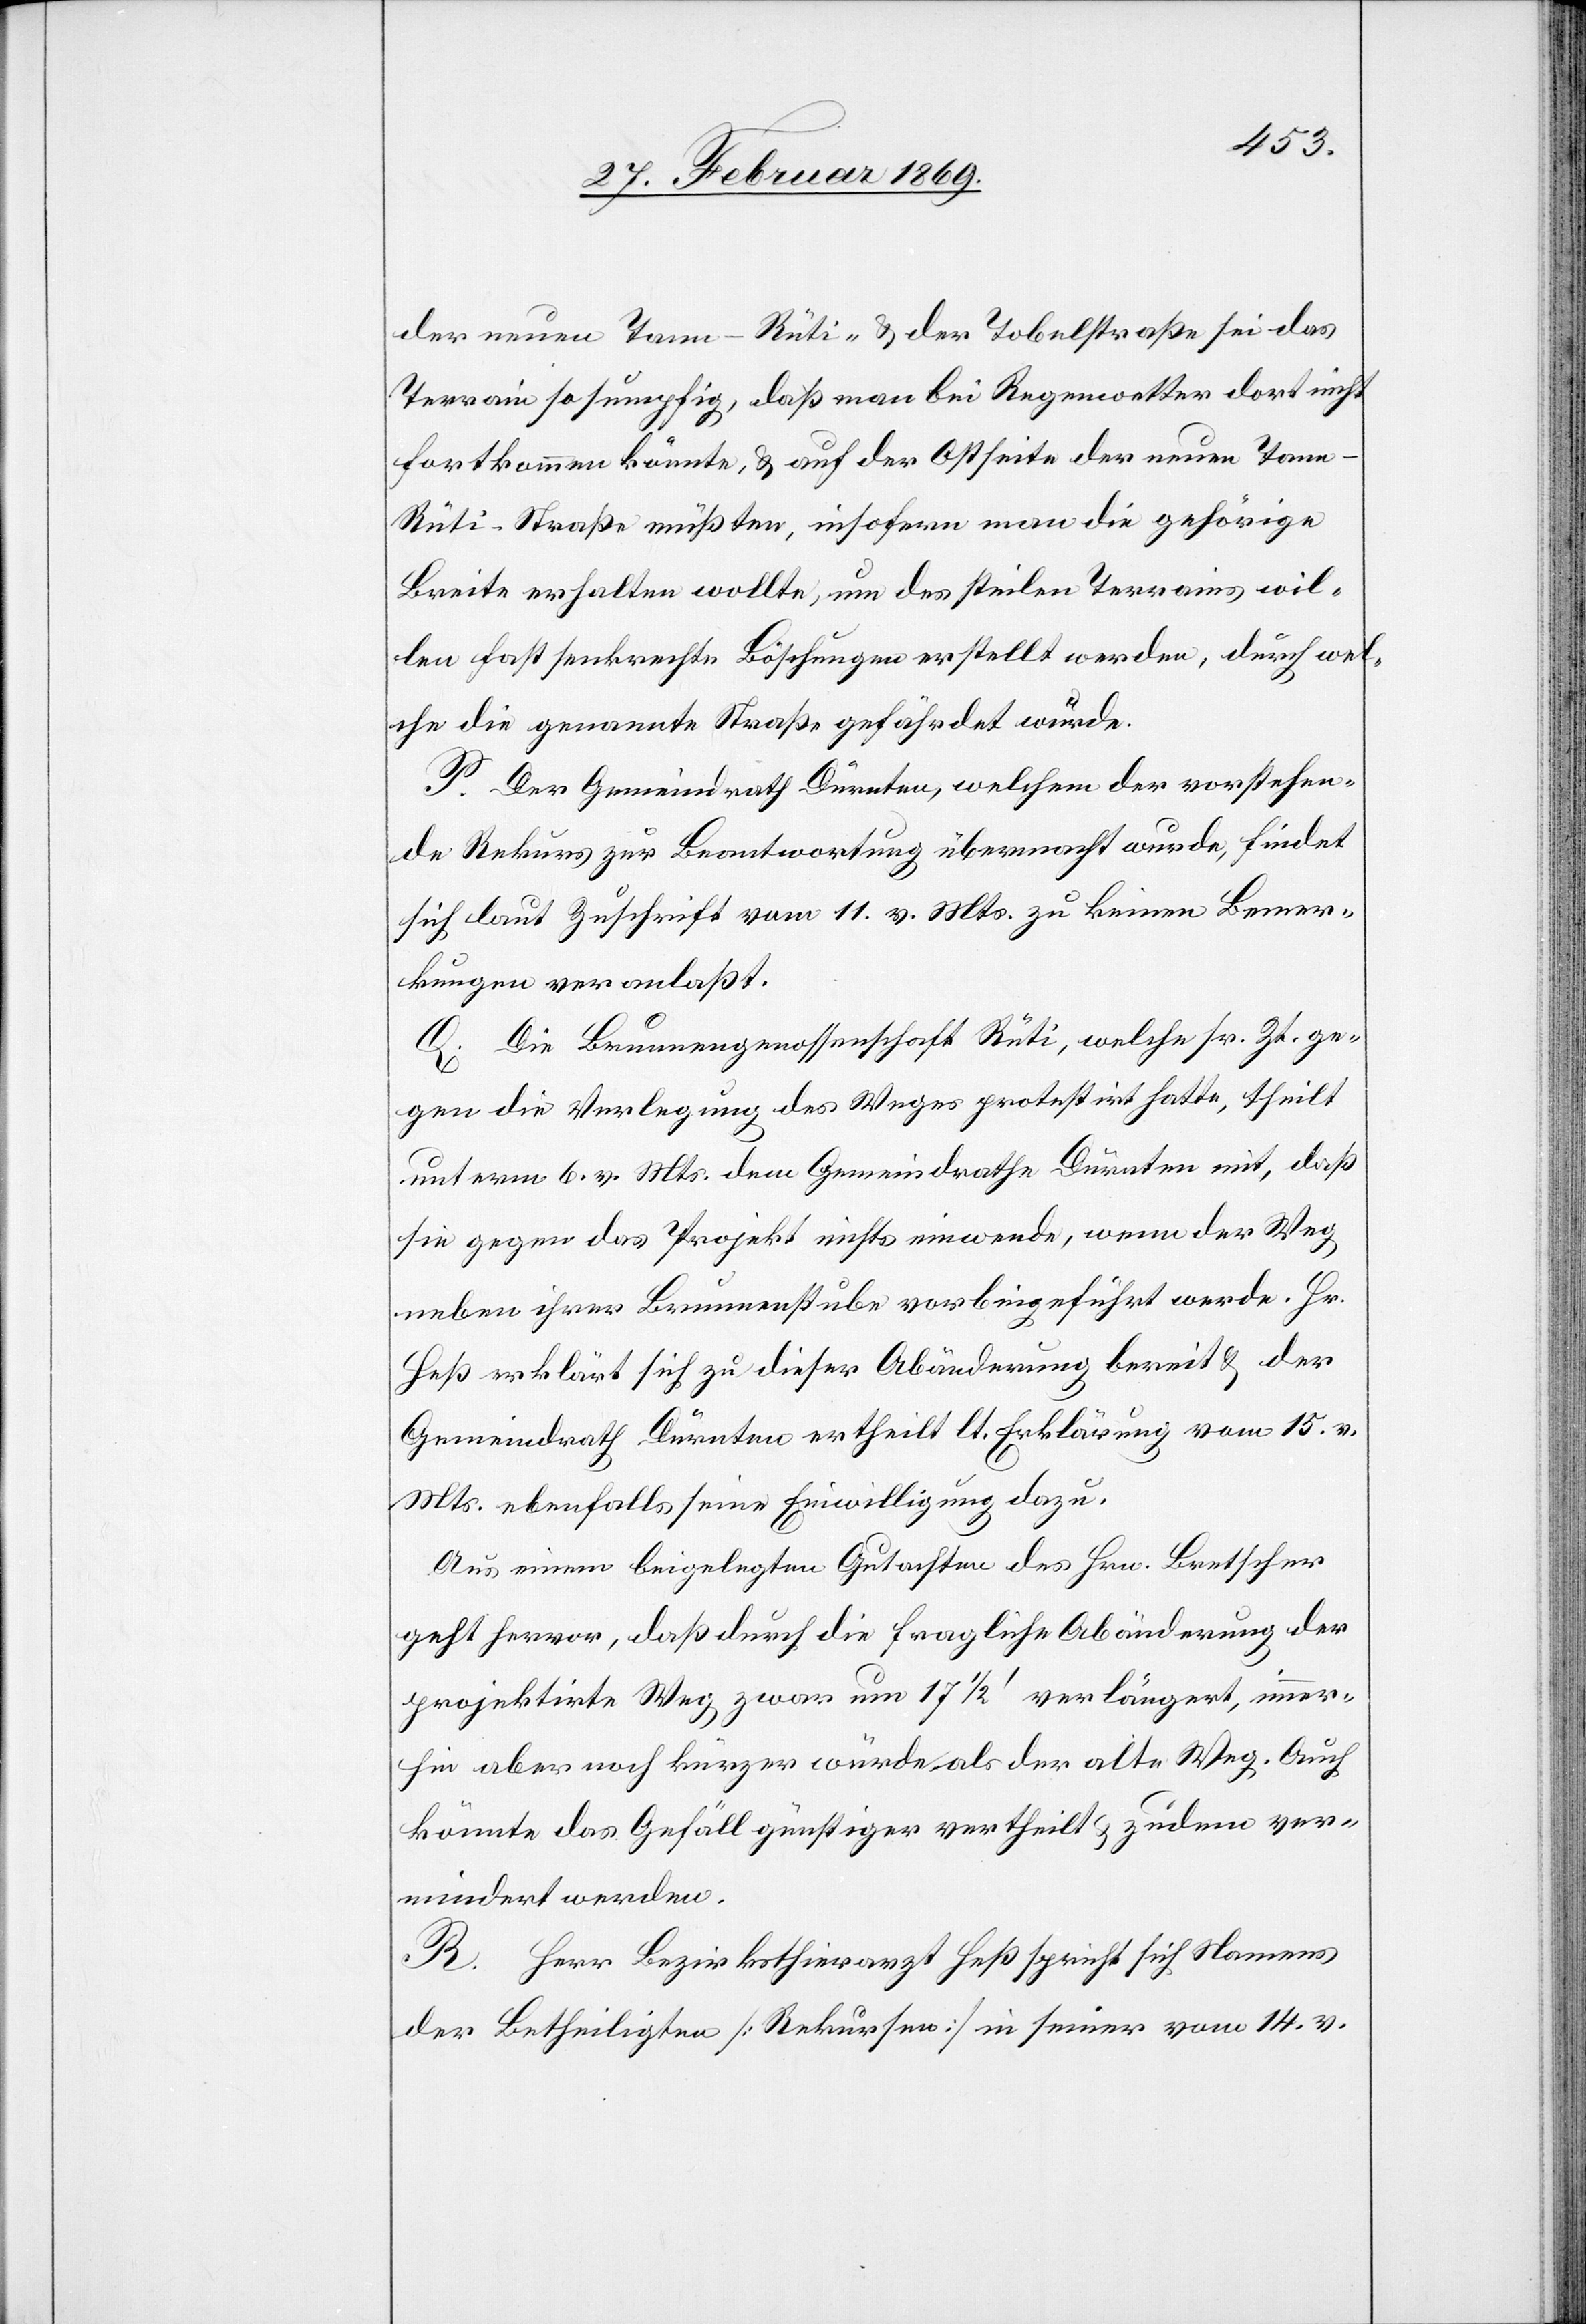
der neuen Tann-Rüti, & der Tobelstraße sei das
Terrain so sumpfig, daß man bei Regenwetter dort nicht
fortkommen könnte, & auf der Ostseite der neuen Tan¬
n-Rüti-Straße müßten, insofern man die gehörige
Breite erhalten wollte, um des steilen Terrains wil¬
len fast senkrechte Böschungen erstellt werden, durch wel¬
che die genannte Straße gefährdet würde.
P. Der Gemeindrath Dürnten, welchem der vorstehen¬
de Rekurs zur Beantwortung übermacht wurde, findet
sich laut Zuschrift vom 11. v. Mts. zu keinen Bemer¬
kungen veranlaßt.
K. Die Brunnengesellschaft Rüti, welche sr. Zt. ge¬
gen die Verlegung des Weges protestirt hatte, theilt
unterm 6. v. Mts. dem Gemeindrathe Dürnten mit, daß
sie gegen das Projekt nichts einwende, wenn der Weg
neben ihrer Brunnenstube vorbeigeführt werde. Hr.
Heß erklärt sich zu dieser Abänderung bereit & der
Gemeindrath Dürnten ertheilt lt. Erklärung vom 15. v.
Mts. ebenfalls seine Einwilligung dazu.
Aus einem beigelegten Gutachten des Hrn. Bretscher
geht hervor, daß durch die fragliche Abänderung der
projektirte Weg zwar um 17 1/2’ verlängert, immer¬
hin aber noch kürzer würde als der alte Weg. Auch
könnte das Gefäll günstiger vertheilt & zudem ver¬
mindert werden.
R. Herr Bezirksthierarzt Heß spricht sich Namens
der Betheiligten [Rekursen] in seiner vom 14 v.